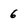
Character: 6